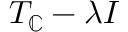
T _ { \mathbb { C } } - \lambda I